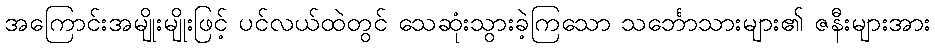
အကြောင်းအမျိုးမျိုးဖြင့် ပင်လယ်ထဲတွင် သေဆုံးသွားခဲ့ကြသော သင်္ဘောသားများ၏ ဇနီးများအား